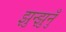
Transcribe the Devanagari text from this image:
झुन्झुनुँ